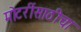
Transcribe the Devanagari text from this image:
मोटरींसाठीचा